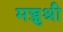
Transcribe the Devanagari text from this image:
मञ्जुश्री